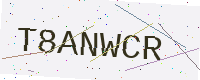
Text: T8ANWCR